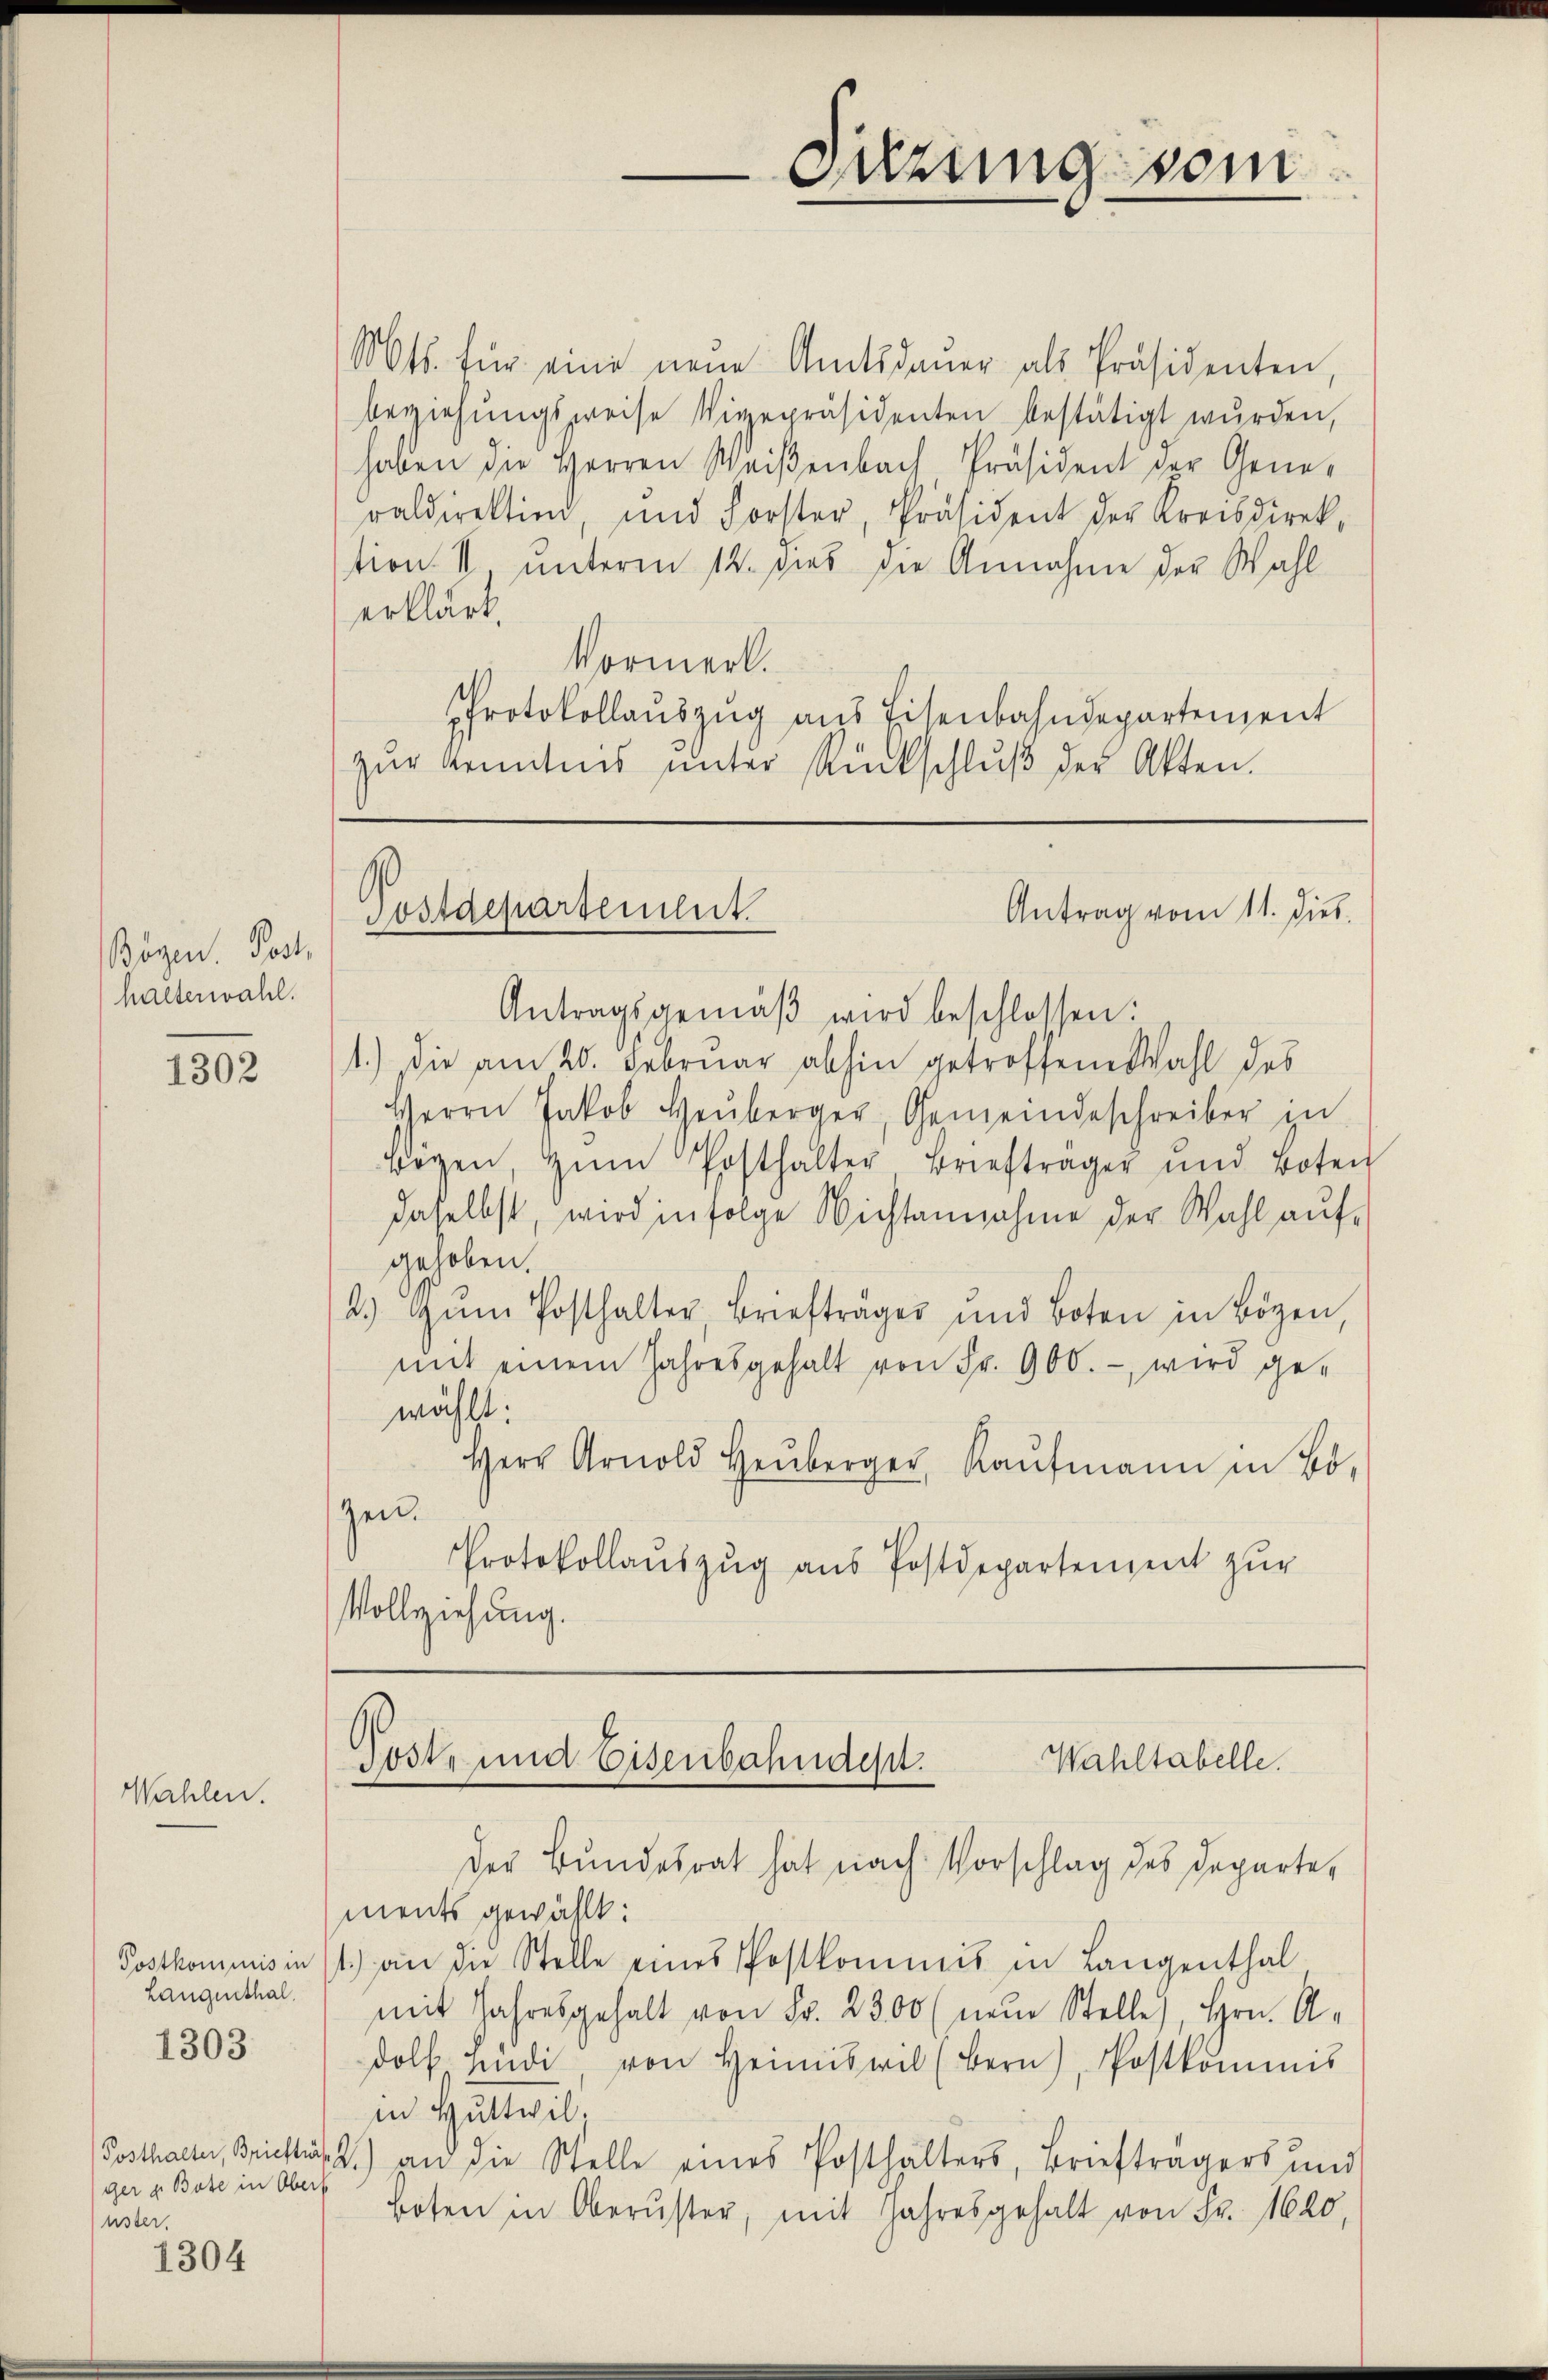
Bögen. Post,
halterwahl.

1302

Wahlen.

Postkommnis in
Langenthal.
1303

ger & Bote in Obers
uster.

1304

Suzung sein

Mts. für eine neŭe Amtsdauer als Präsidenten,
beziehŭngsweise Vigepräsidenten bestätigt wurden,
haben die Herren Weiβenbach Präsident der Gene-
raldirektind, und Forster, Präsident der Kreisdirek-
tion II unterm 12. dies die Annahme der Wahl-
erklärt.
Vormerk.
PProtokollauszug aus Eisenbahndepartement
zŭr Kenntnis ŭnter Rückschlŭβ der Akten.

Antrag vom 11. Dies
Sostdepartenheit

Antragsgemäβ wird beschlossen:
1.) Die am 20. Februar abhin getroffene Wahl des
Herrn Jakob Heŭberger, Gemeindeschreiber in
Beyen, zŭm Posthalter Briefträger und Boten
daselbst, wird infolge Nichtannahme der Wahl aufgehoben.
2.) Gŭm Posthalter, Briefträger und Boten in Bözen,
mit einem Jahresgehalt von Fr. 900.- wird ge-
wählt:
Herr Arnold Heuberger, Kaŭfmann in Bo
zen.
Protokollaŭszŭg aŭs Postdepartement zur
Vollziehung.

Post- und Eisenbahnden.
Wahltabelle.
Der Bundesrat hat nach Vorschlag des Departe,

ments gewählt:
1.) an die Stelle eines Postkommis in Langenthal
mit Jahresgehalt von Fr. 2300 (neŭe Stelle, Hrn. A-
dolf hindi, von Heimiswil (Bern), Postkommis
in Hütteil
Posthalter, Zürich. 2.) an die Stelle eines Posthalters, Briefträgers und
Boten in Oberster, mit Jahresgehalt von Fr. 1620,